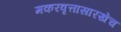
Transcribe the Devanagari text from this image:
मकरवृत्तासारखेच